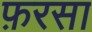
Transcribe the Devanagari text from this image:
फ़रसा